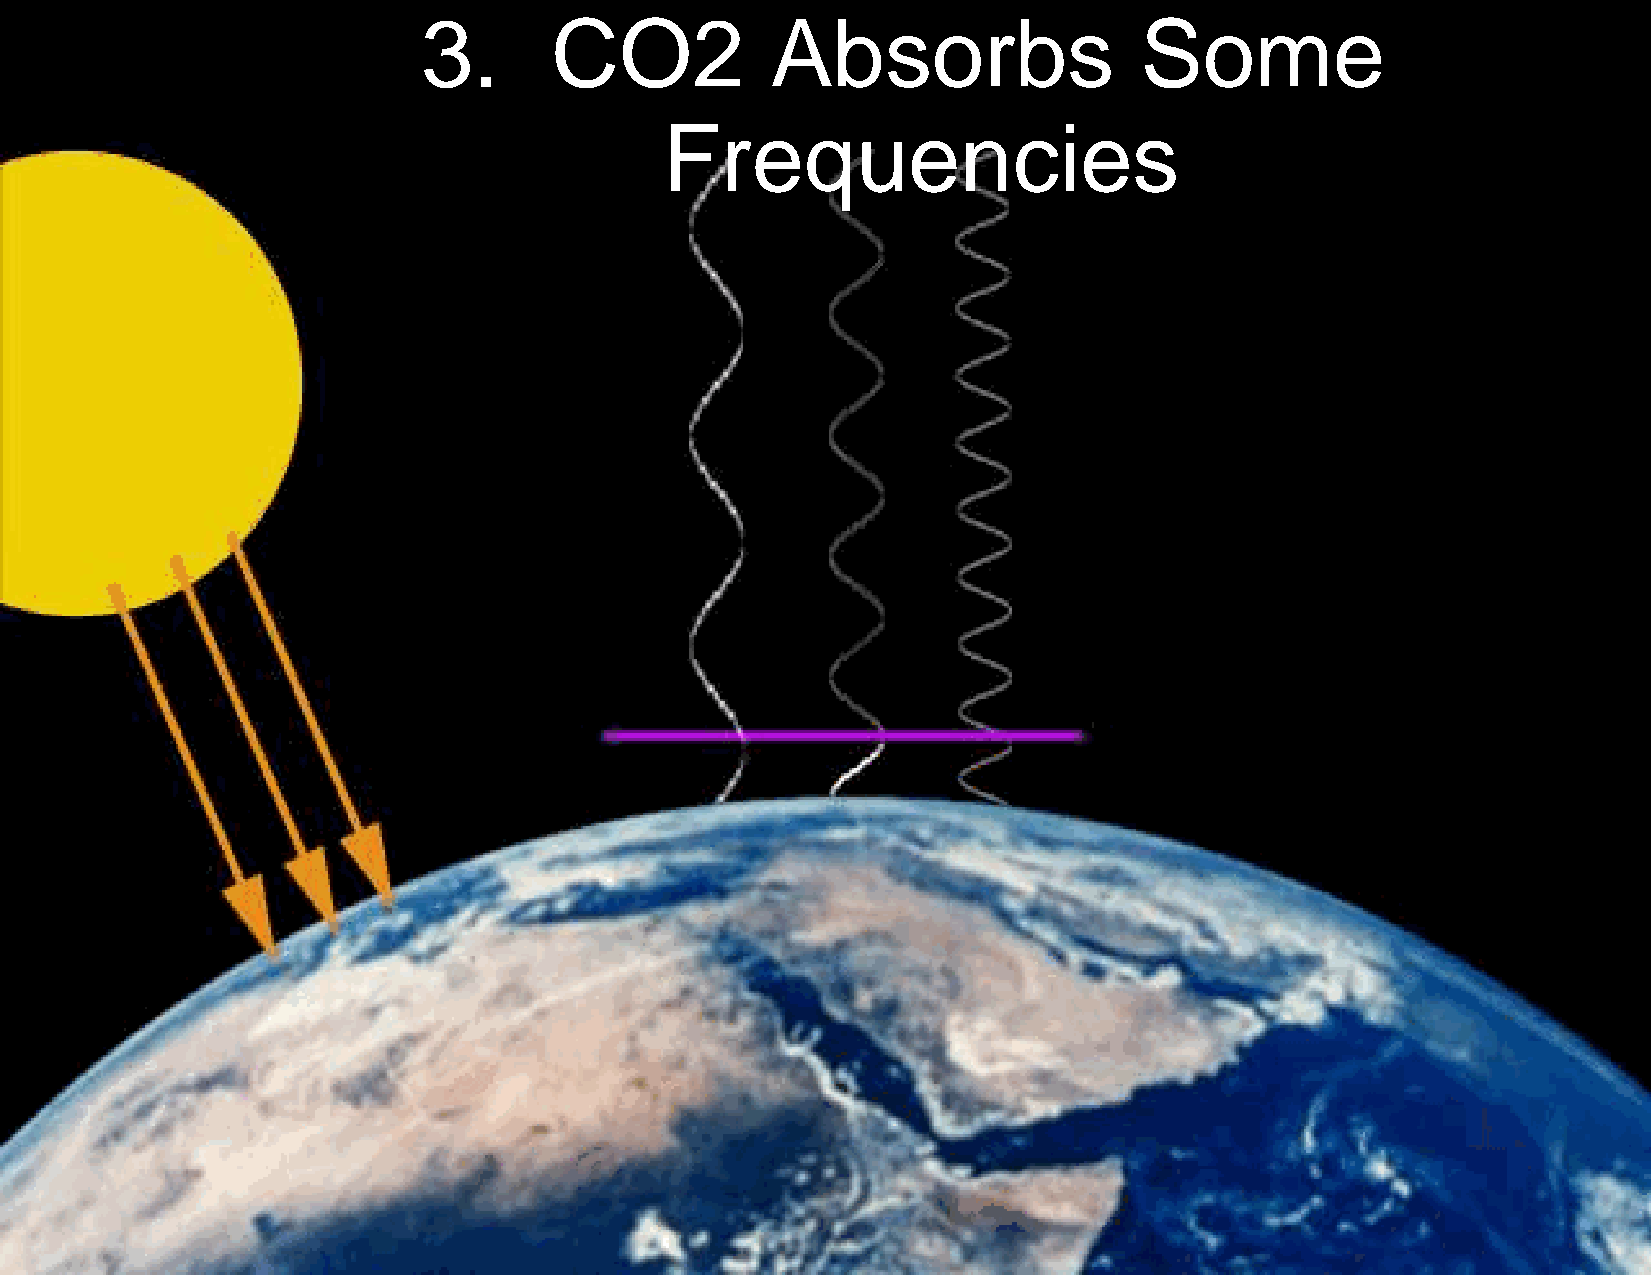
7
 3.      CO2            Absorbs                 Some
 Frequencies